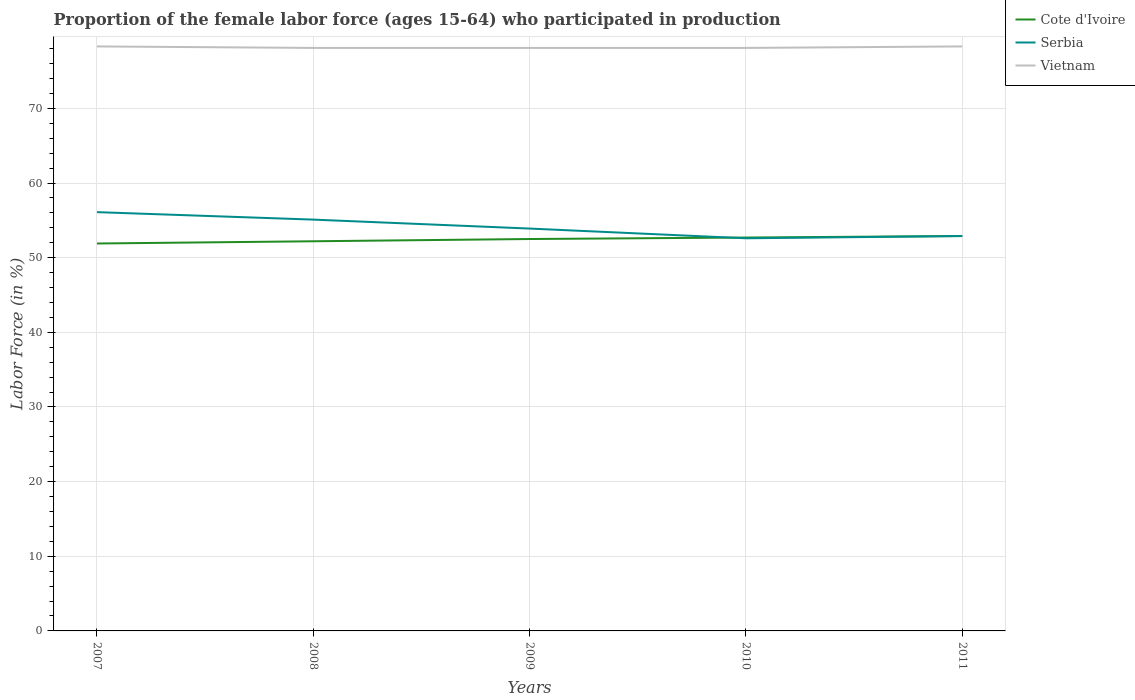
| Years | Cote d'Ivoire | Serbia | Vietnam |
 | --- | --- | --- | --- |
 | 2007 | 51.9 | 56.1 | 78.3 |
 | 2008 | 52.2 | 55.1 | 78.1 |
 | 2009 | 52.5 | 53.9 | 78.1 |
 | 2010 | 52.7 | 52.6 | 78.1 |
 | 2011 | 52.9 | 52.9 | 78.3 |